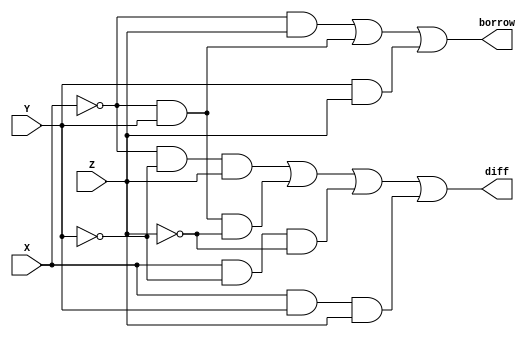
module fs(X,Y,Z,diff,borrow);
input X,Y,Z;
output reg diff,borrow;
always @(X or Y or Z)
begin
diff <= ~X && ~Y && Z || ~X && Y && ~Z || X && ~Y && ~Z || X && Y && Z;

borrow <= ~X && Z || ~X && Y || Y && Z;
end
endmodule